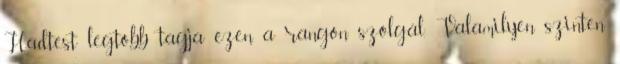
Hadtest legtöbb tagja ezen a rangon szolgál. Valamilyen szinten